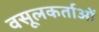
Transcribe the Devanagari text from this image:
वसूलकर्ताओं